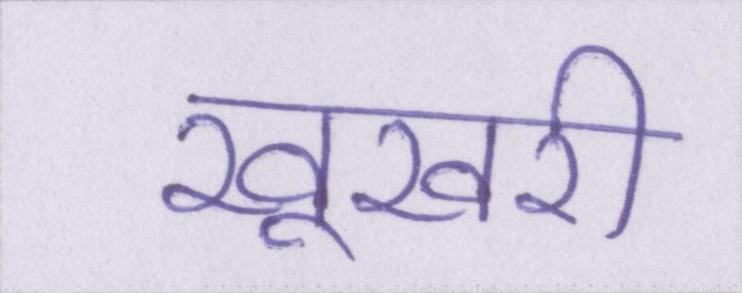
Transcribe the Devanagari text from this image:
खूखरी